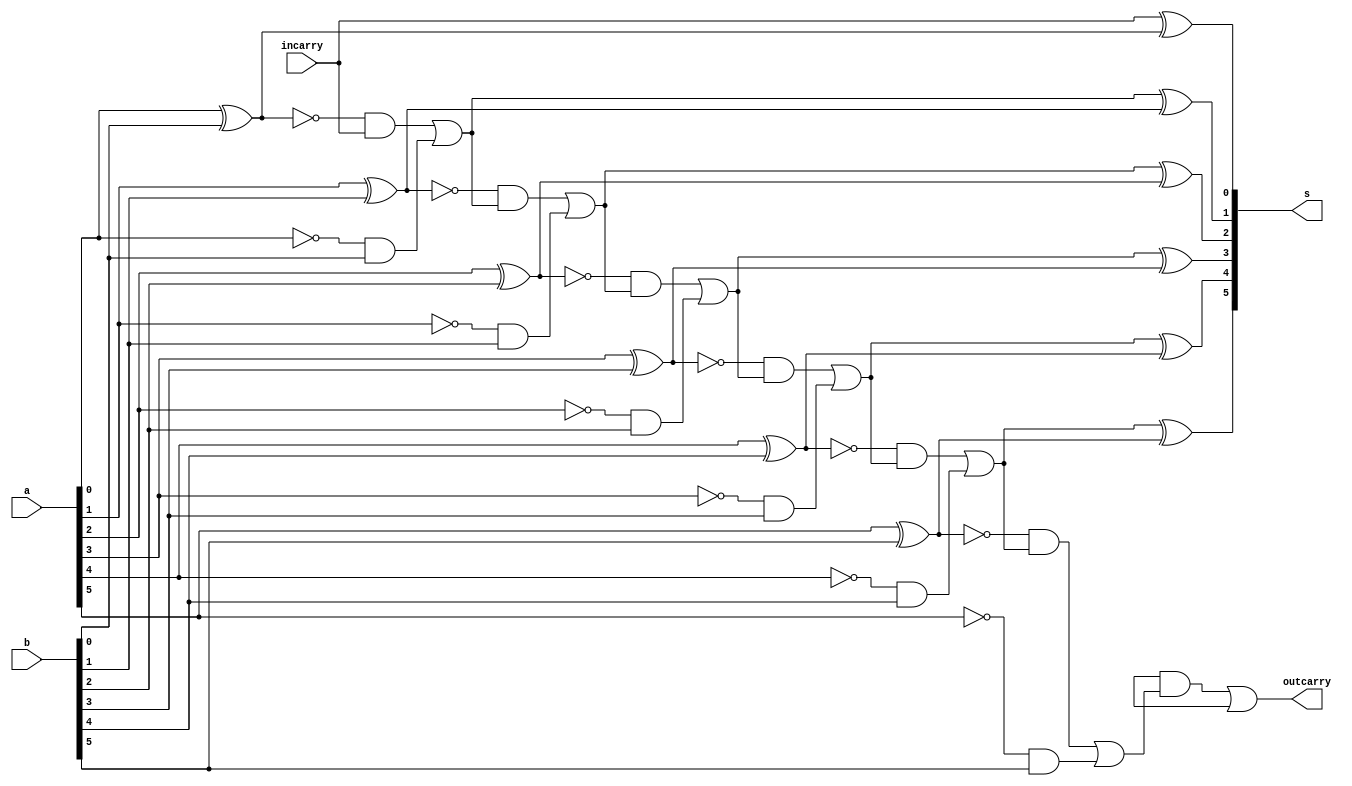
// -------------------------
// Exemplo0022 - HALF ADDER 	
// Nome: Lorena Danielle Gonalves Bento 
// ------------------------- 
// ------------------------- 
// HALF ADDER
// ------------------------- 

module half (output [5:0]s, input [5:0]a, input [5:0]b, input incarry, output outcarry); 
	
	//-- descrever por portas
                                       // EXPERIMENTAR A DEFINICAO POR PORTAS !!!
 assign h1 = ~(a[0] ^ b[0]) & incarry | (~(a[0]) & b[0]);
 assign s[0] = incarry ^ (a[0] ^ b[0]);	
 
 assign h2 = ~(a[1] ^ b[1]) & h1 | (~(a[1]) & b[1]);
 assign s[1] = h1 ^ (a[1] ^ b[1]);	
 
 assign h3 = ~(a[2] ^ b[2]) & h2 | (~(a[2]) & b[2]);
 assign s[2] = h2 ^ (a[2] ^ b[2]);	
 
 assign h4 = ~(a[3] ^ b[3]) & h3 | (~(a[3]) & b[3]);
 assign s[3] = h3 ^ (a[3] ^ b[3]);	
 
 assign h5 = ~(a[4] ^ b[4]) & h4 | (~(a[4]) & b[4]);
 assign s[4] = h4 ^ (a[4] ^ b[4]);
 
 assign h6 = ~(a[5] ^ b[5]) & h5 | (~(a[5]) & b[5]);
 assign s[5] = h5 ^ (a[5] ^ b[5]);
 
 assign outcarry = ~(a[6] ^ b[6]) & h6 | (~(a[6]) & b[6]);
 
 
endmodule // half 

module test_half; 
// ------------------------- definir dados 
	reg [5:0] x; 
	reg [5:0] y; 
	reg incarry;
	wire outcarry;
	wire [5:0] half; 
	
// ------------------------- instancia
	half modulo(half, x, y, incarry, outcarry);

// ------------------------- parte principal 
	initial begin 
		$display("Exemplo0022 - Lorena Danielle Gonalves Bento - 435049"); 
		$display("Teste Half Adder"); 
		
		x = 6'b000001;
		y = 6'b000001;
		incarry = 0;
		
		#1 $display("%b - %b = %b", x, y, half);
		
		x = 6'b000011;
		y = 6'b000011;
		incarry = 0;
		
		#1 $display("%b - %b = %b", x, y, half);
		
		x = 6'b010101;
		y = 6'b101010;
		incarry = 0;
		
		#1 $display("%b - %b = %b", x, y, half);
		
		x = 6'b011111;
		y = 6'b011111;
		incarry = 0;
		
		#1 $display("%b - %b = %b", x, y, half);
		
		//--incarry = 1
		x = 6'b000001;
		y = 6'b000001;
		incarry = 1;
		
		#1 $display("%b - %b = %b", x, y, half);
		
		x = 6'b000011;
		y = 6'b000011;
		incarry = 1;
		
		#1 $display("%b - %b = %b", x, y, half);
		
		x = 6'b010101;
		y = 6'b101010;
		incarry = 1;
		
		#1 $display("%b - %b = %b", x, y, half);
		
		x = 6'b011111;
		y = 6'b011111;
		incarry = 1;
		
		#1 $display("%b - %b = %b", x, y, half);
		
		
		
		
	
	end 
endmodule // test_sub